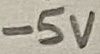
Text: -5V